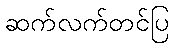
ဆက်လက်တင်ပြ